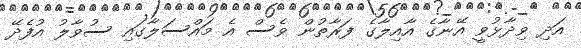
އަދި ވިދާޅުވީ އޭނާގެ އާއިލާގެ ފަރާތުން ވެސް އެ މައްސަލާގައި ސުވާލު އުފެދޭ